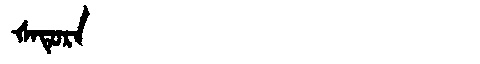
Manchu: ᡧᠠᡨᡠᡵᠠ
Romanization: ŠATURA